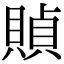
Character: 𧶸